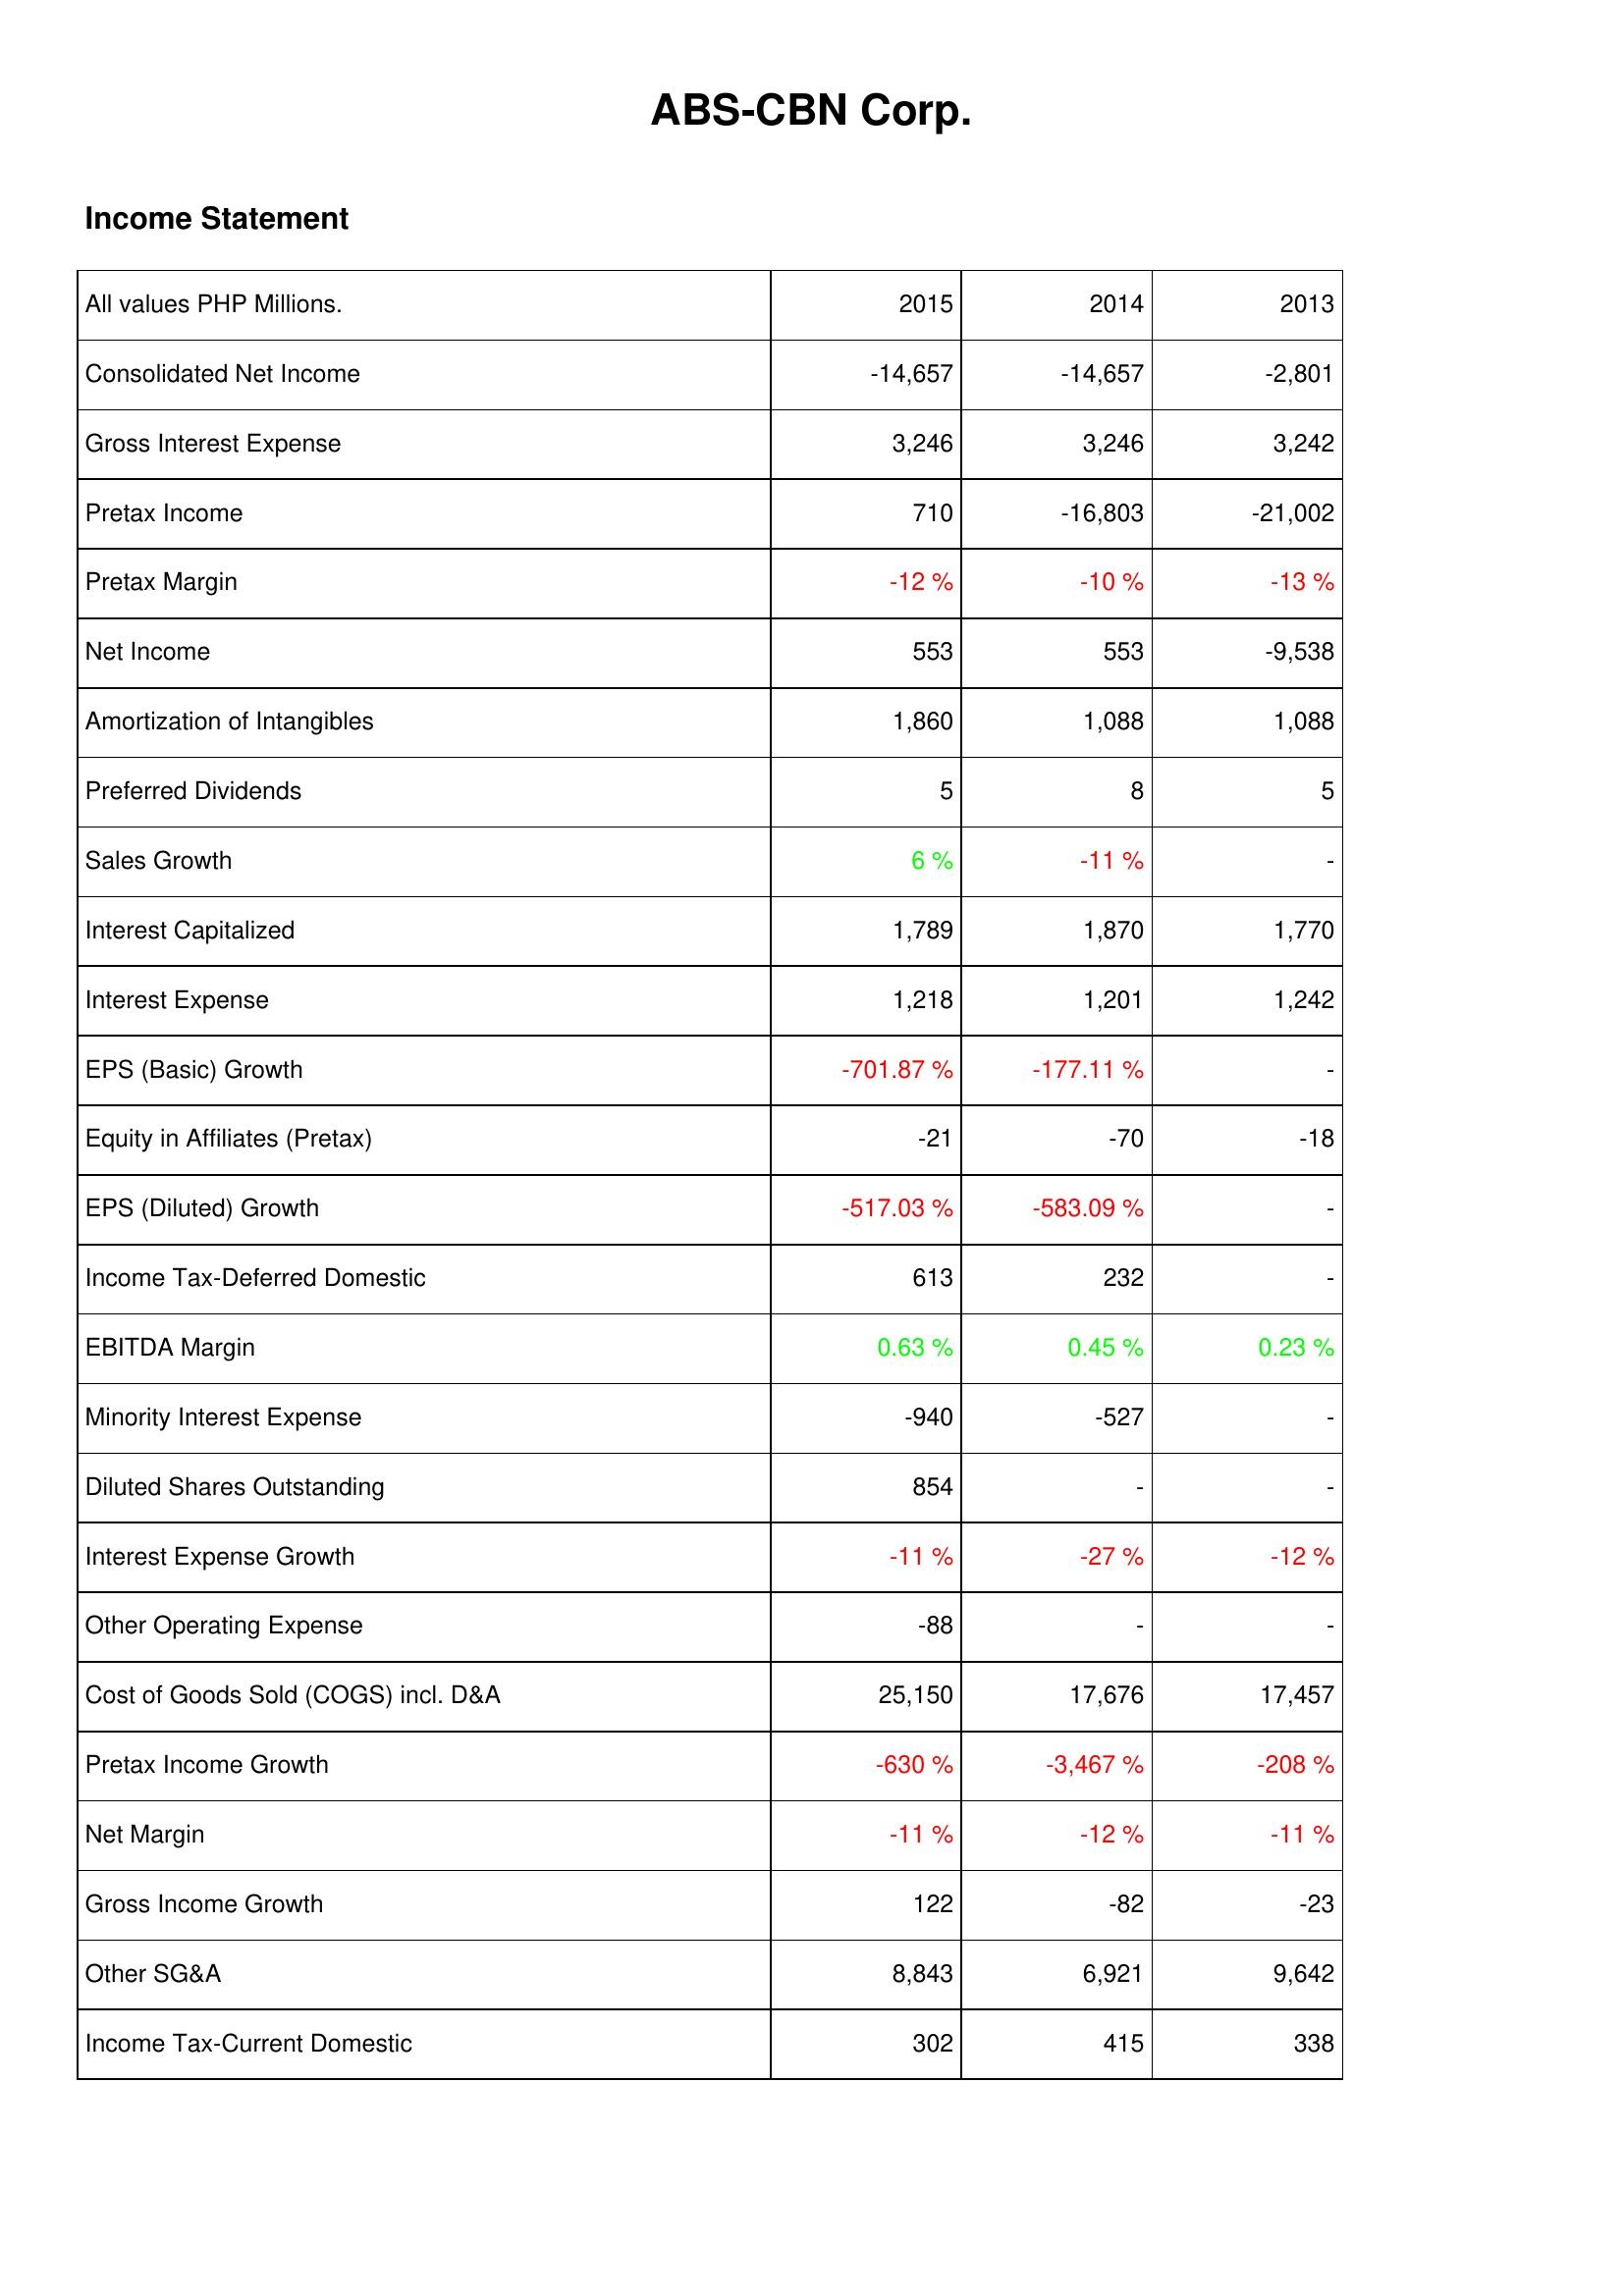
2015: Income Statement: Consolidated Net Income: -14,657
Gross Interest Expense: 3,246
Pretax Income: 710
Pretax Margin: -12 %
Net Income: 553
Amortization of Intangibles: 1,860
Preferred Dividends: 5
Sales Growth: 6 %
Interest Capitalized: 1,789
Interest Expense: 1,218
EPS (Basic) Growth: -701.87 %
Equity in Affiliates (Pretax): -21
EPS (Diluted) Growth: -517.03 %
Income Tax-Deferred Domestic: 613
EBITDA Margin: 0.63 %
Minority Interest Expense: -940
Diluted Shares Outstanding: 854
Interest Expense Growth: -11 %
Other Operating Expense: -88
Cost of Goods Sold (COGS) incl. D&A: 25,150
Pretax Income Growth: -630 %
Net Margin: -11 %
Gross Income Growth: 122
Other SG&A: 8,843
Income Tax-Current Domestic: 302
2014: Income Statement: Consolidated Net Income: -14,657
Gross Interest Expense: 3,246
Pretax Income: -16,803
Pretax Margin: -10 %
Net Income: 553
Amortization of Intangibles: 1,088
Preferred Dividends: 8
Sales Growth: -11 %
Interest Capitalized: 1,870
Interest Expense: 1,201
EPS (Basic) Growth: -177.11 %
Equity in Affiliates (Pretax): -70
EPS (Diluted) Growth: -583.09 %
Income Tax-Deferred Domestic: 232
EBITDA Margin: 0.45 %
Minority Interest Expense: -527
Diluted Shares Outstanding: -
Interest Expense Growth: -27 %
Other Operating Expense: -
Cost of Goods Sold (COGS) incl. D&A: 17,676
Pretax Income Growth: -3,467 %
Net Margin: -12 %
Gross Income Growth: -82
Other SG&A: 6,921
Income Tax-Current Domestic: 415
2013: Income Statement: Consolidated Net Income: -2,801
Gross Interest Expense: 3,242
Pretax Income: -21,002
Pretax Margin: -13 %
Net Income: -9,538
Amortization of Intangibles: 1,088
Preferred Dividends: 5
Sales Growth: -
Interest Capitalized: 1,770
Interest Expense: 1,242
EPS (Basic) Growth: -
Equity in Affiliates (Pretax): -18
EPS (Diluted) Growth: -
Income Tax-Deferred Domestic: -
EBITDA Margin: 0.23 %
Minority Interest Expense: -
Diluted Shares Outstanding: -
Interest Expense Growth: -12 %
Other Operating Expense: -
Cost of Goods Sold (COGS) incl. D&A: 17,457
Pretax Income Growth: -208 %
Net Margin: -11 %
Gross Income Growth: -23
Other SG&A: 9,642
Income Tax-Current Domestic: 338